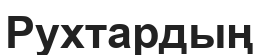
Рухтардың